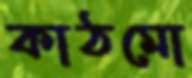
কাঠমো